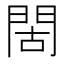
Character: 𫔜